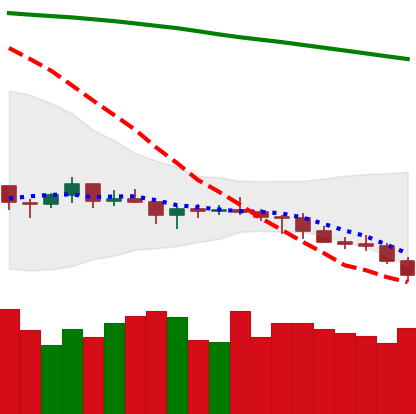
Ticker: LTC-USD
Chart end date: 2021-07-20
Forward return: 18.807%
Label: up_7plus